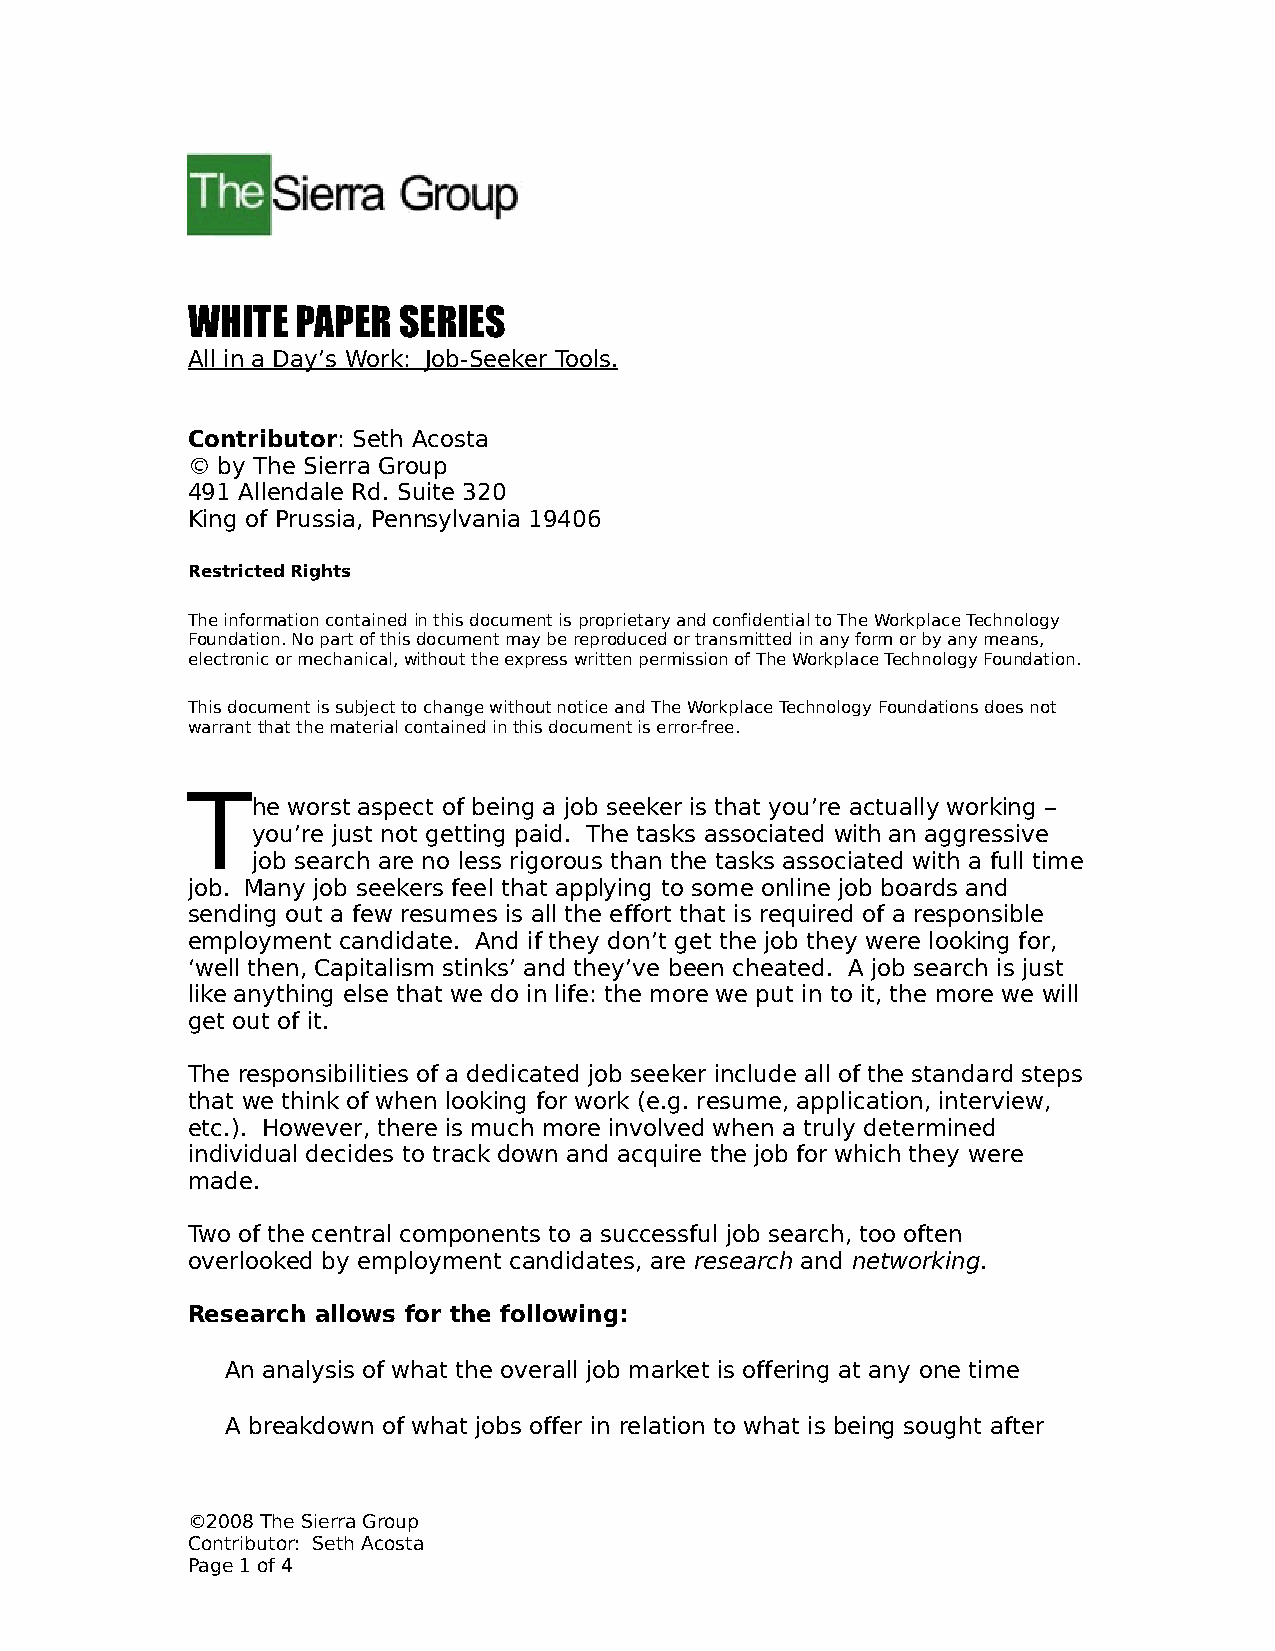
WHITE   PAPER SERIES
 All in a Day’s Work: Job-Seeker Tools.
 Contributor: Seth Acosta
 © by The Sierra Group
 491 Allendale Rd. Suite 320
 King of Prussia, Pennsylvania 19406
 Restricted Rights
 The information contained in this document is proprietary and confidential to The Workplace Technology
 Foundation. No part of this document may be reproduced or transmitted in any form or by any means,
 electronic or mechanical, without the express written permission of The Workplace Technology Foundation.
 This document is subject to change without notice and The Workplace Technology Foundations does not
 warrant that the material contained in this document is error-free.
 T
 he worst aspect of being a job seeker is that you’re actually working –
 you’re just not getting paid. The tasks associated with an aggressive
 job search are no less rigorous than the tasks associated with a full time
 job. Many job seekers feel that applying to some online job boards and
 sending out a few resumes is all the effort that is required of a responsible
 employment candidate. And if they don’t get the job they were looking for,
 ‘well then, Capitalism stinks’ and they’ve been cheated. A job search is just
 like anything else that we do in life: the more we put in to it, the more we will
 get out of it.
 The responsibilities of a dedicated job seeker include all of the standard steps
 that we think of when looking for work (e.g. resume, application, interview,
 etc.). However, there is much more involved when a truly determined
 individual decides to track down and acquire the job for which they were
 made.
 Two of the central components to a successful job search, too often
 overlooked by employment candidates, are research and networking.
 Research allows for the following:
 An analysis of what the overall job market is offering at any one time
 A breakdown of what jobs offer in relation to what is being sought after
 ©2008 The Sierra Group
 Contributor: Seth Acosta
 Page 1 of 4